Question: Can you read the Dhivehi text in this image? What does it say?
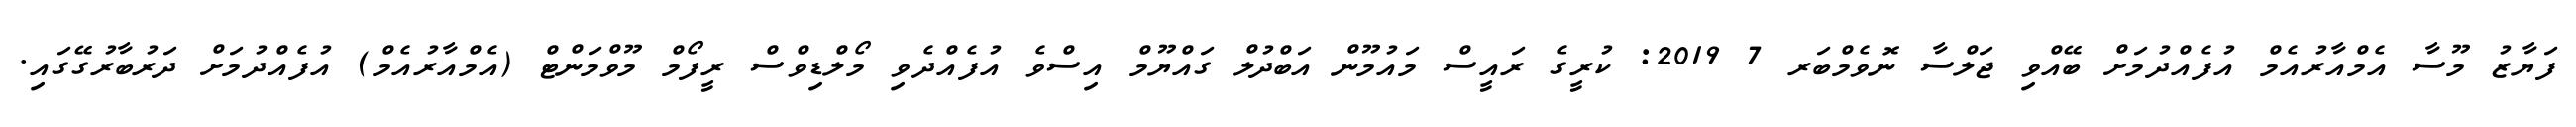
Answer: ފަޔާޒު މޫސާ އެމްއާރުއެމް އުފެއްދުމަށް ބޭއްވި ޖަލްސާ ނޮވެމްބަރ 7 2019: ކުރީގެ ރައީސް މައުމޫން އަބްދުލް ގައްޔޫމް އިސްވެ އުފެއްދެވި މޯލްޑިވްސް ރީފޯމް މޫވްމަންޓް (އެމްއާރުއެމް) އުފެއްދުމަށް ދަރުބާރުގޭގައި.